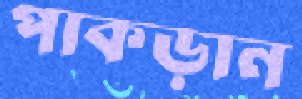
পাকড়ান